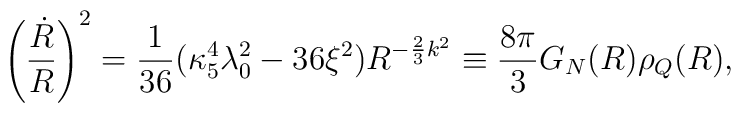
\left({\dot{R}\over R}\right)^2={1\over 36}(\kappa_{5}^{4}\lambda_{0}^2-36\xi^2)R^{-{2\over 3}k^2}\equiv {8\pi\over 3}G_{N}(R)\rho_{Q}(R),